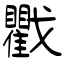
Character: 戵